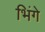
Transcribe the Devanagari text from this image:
भिंगे